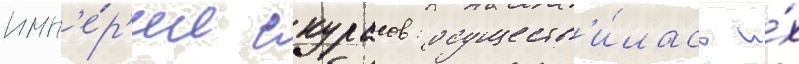
имп'е́р'ии скурасов: осуществ'и́лась и́х